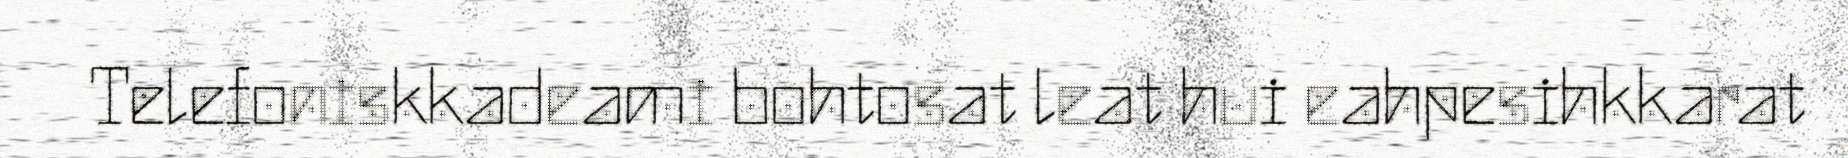
Telefoniskkadeami bohtosat leat hui eahpesihkkarat